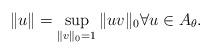
LaTeX: \begin{align*} \left\| u \right\| = \sup_{\|v\|_0=1} \|uv\|_0 \forall u \in A_\theta. \end{align*}